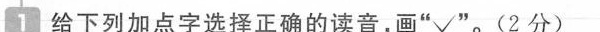
给下列加点字选择正确的读音，画“ √”。 (2分)